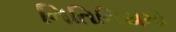
નિતિનિયમો